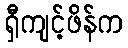
ရှီကျင့်ဖိန်က